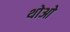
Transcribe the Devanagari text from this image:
थोआे